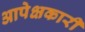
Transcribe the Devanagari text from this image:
आपेक्षकारी